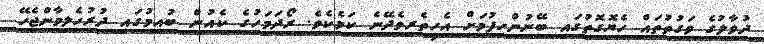
ދުވާލުގެ ވަގުތުތައް ހެޔޮގޮތުގައި ބޭނުންހިފުމަށް އެހީތެރިވެދޭނެ ކަމެކެވެ. ރޯދަމަހުގެ ކެއުން ބުއިމުގައި ދުރުހެލިވާންޖެހޭ